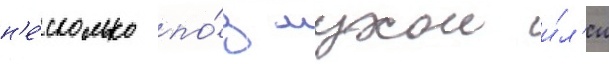
н'е́сколько по́д мухои и́л'и